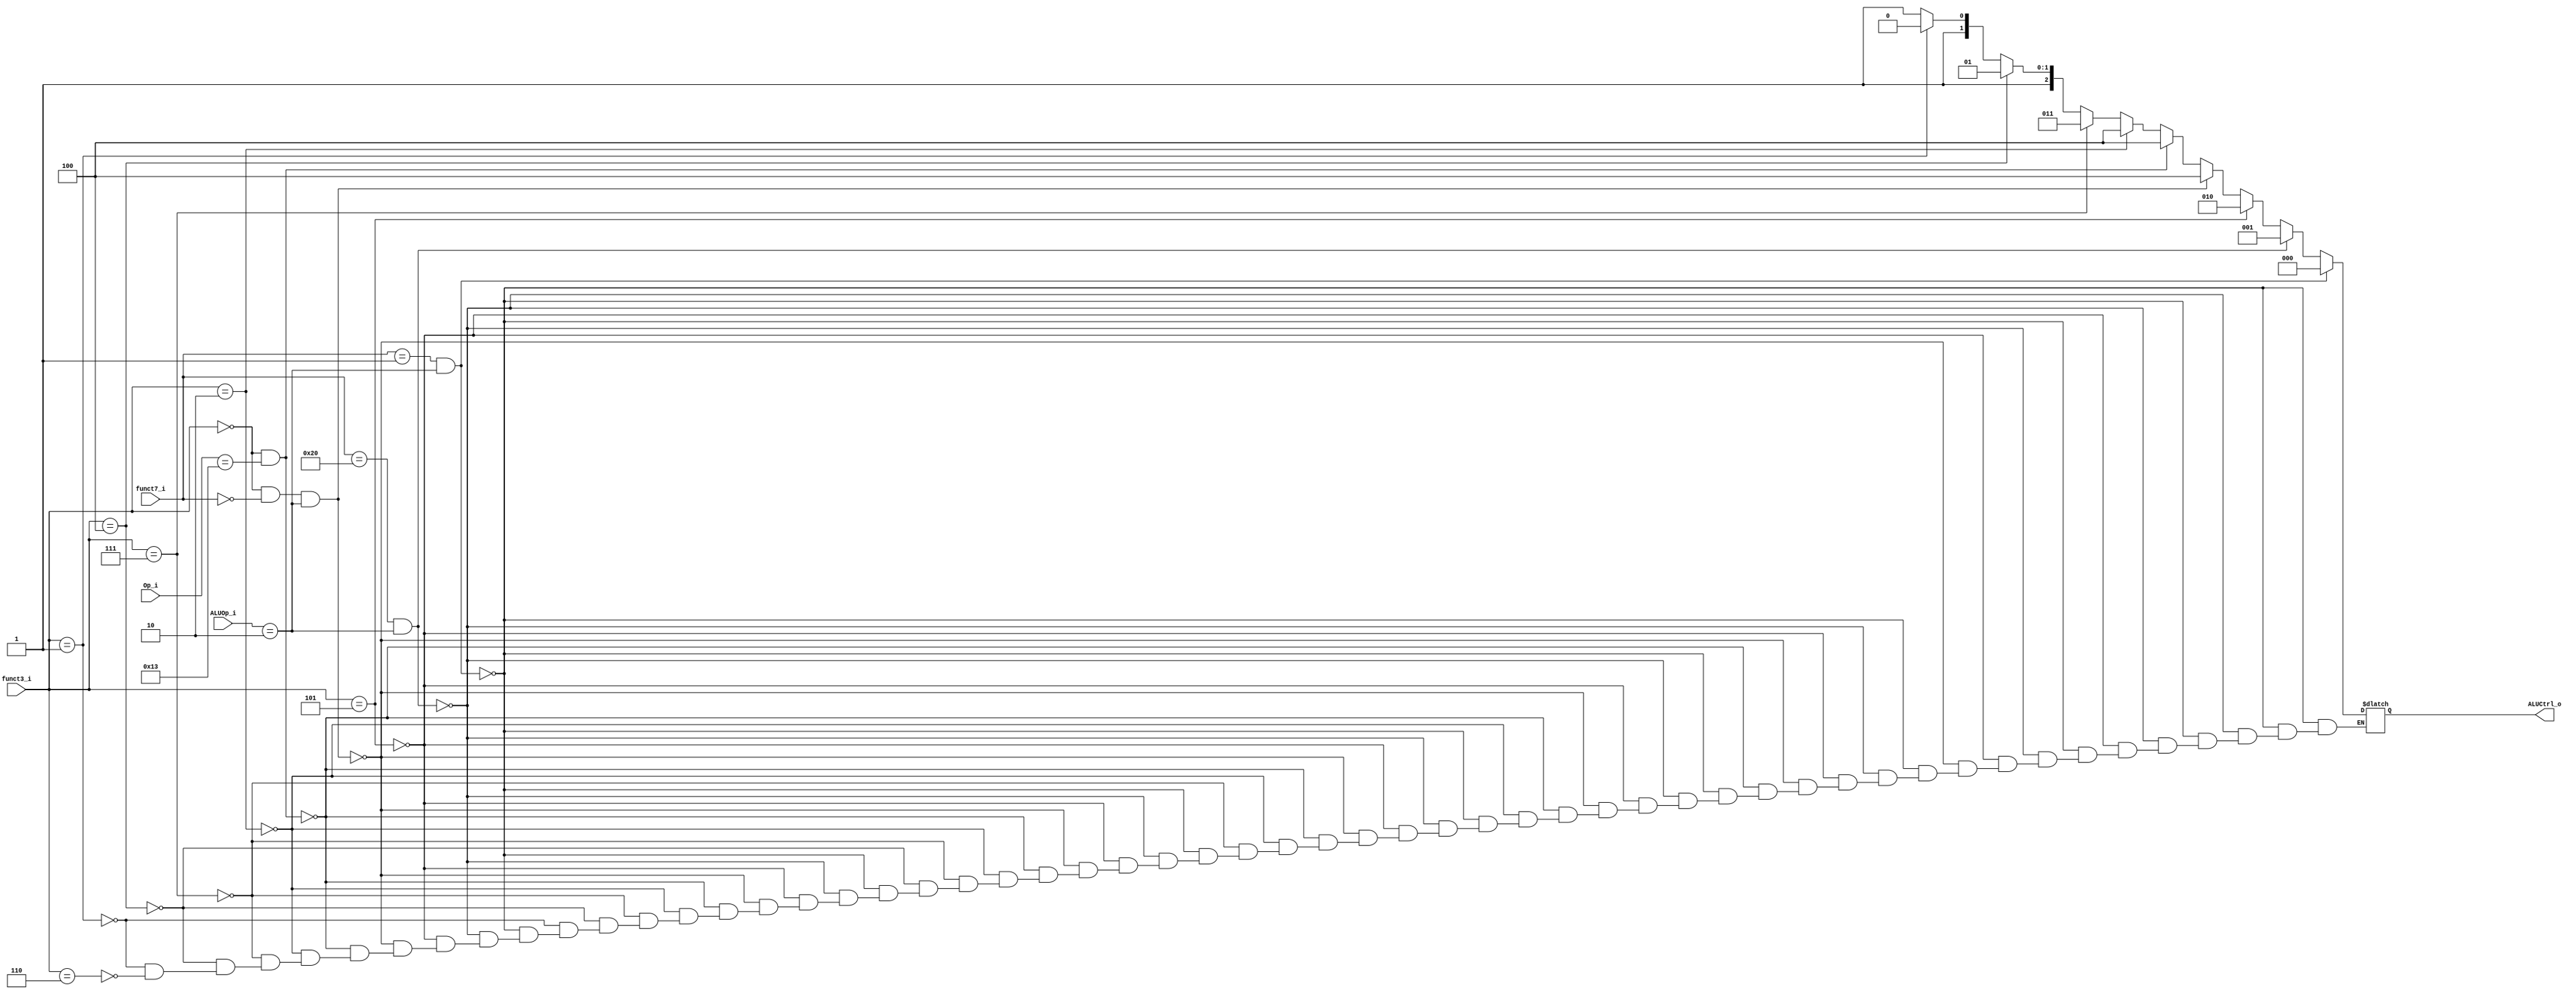
module ALU_Control
(
    funct7_i,
    funct3_i,
    ALUOp_i,
    Op_i,
    ALUCtrl_o
);

input   [6:0]   funct7_i;
input   [2:0]   funct3_i;
input   [1:0]   ALUOp_i;
input   [6:0]   Op_i;
output  reg [2:0]   ALUCtrl_o;


always @(*) begin
    if (funct7_i == 7'b0000001 && ALUOp_i == 2'b10) begin
        ALUCtrl_o = 3'b000;             //mul
    end

    else if (funct7_i == 7'b0100000 && ALUOp_i == 2'b10 ) begin
        ALUCtrl_o = 3'b001;         //sub
    end

    else if (funct3_i == 3'b101) begin
        ALUCtrl_o = 3'b010;         //shift right
    end
    
    else if ( funct3_i == 3'b000 && funct7_i == 7'b0000000 && ALUOp_i == 2'b10) begin
        ALUCtrl_o =3'b100 ;        //add 
    end

    else if ( funct3_i == 3'b000 && Op_i == 7'b0010011 ) begin
        ALUCtrl_o =3'b100 ;        //addi 
    end

    else if ( funct3_i == 3'b010) begin
        ALUCtrl_o =3'b100 ;        //lw sw 
    end
    
    else if (funct3_i == 3'b111) begin
        ALUCtrl_o =3'b011 ;        //and
    end

    else if (funct3_i == 3'b100) begin
        ALUCtrl_o =3'b101 ;        //xor
    end

    else if (funct3_i == 3'b001) begin
        ALUCtrl_o =3'b110 ;        //sll
    end
    else if (funct3_i == 3'b110) begin
        ALUCtrl_o =3'b111 ;        //or
    end
end


endmodule